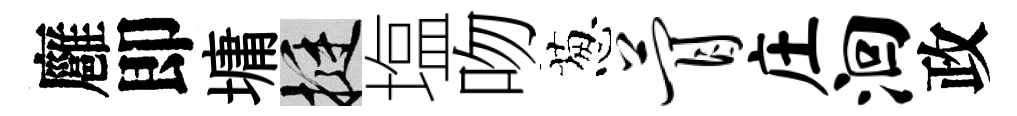
廱即墉挺塩吻葱瞢庄洄政